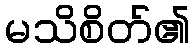
မသိစိတ်၏